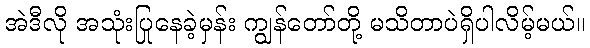
အဲဒီလို အသုံးပြုနေခဲ့မှန်း ကျွန်တော်တို့ မသိတာပဲရှိပါလိမ့်မယ်။